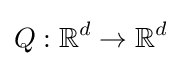
Q:{\mathbb {R} }^{d}\to {\mathbb {R} }^{d}